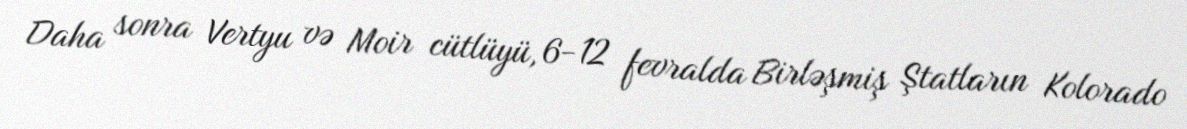
Daha sonra Vertyu və Moir cütlüyü, 6-12 fevralda Birləşmiş Ştatların Kolorado